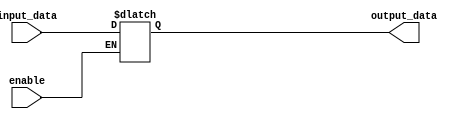
module transparent_latch(
    input input_data,
    input enable,
    output reg output_data
);

always @ (input_data, enable)
begin
    if(enable) begin
        output_data <= input_data;
    end
end

endmodule